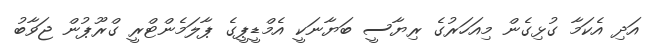
އަދި އެކަމާ ގުޅިގެން މިއަހަރުގެ ރިޔާސީ ބަޔާނަކީ އެމްޑީޕީގެ ޕާލަމެންޓްރީ ގްރޫޕުން ޖަވާބު